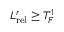
L _ { \mathrm { r e l } } ^ { r } \geq T _ { F } ^ { 1 }